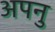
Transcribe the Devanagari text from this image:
अपनु